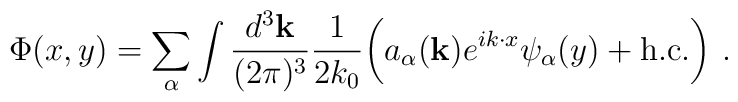
\Phi(x,y) = \sum_\alpha \int \frac{d^3 {\bf k}}{(2\pi)^3} \frac{1}{2k_0}\biggl( a_\alpha({\bf k}) e^{i k \cdot x} \psi_\alpha(y) + \mbox{h.c.}\biggr)\ .